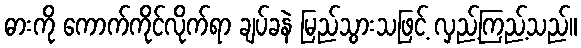
ဓားကို ကောက်ကိုင်လိုက်ရာ ချပ်ခနဲ မြည်သွားသဖြင့် လှည့်ကြည့်သည်။